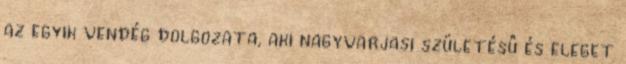
az egyik vendég dolgozata, aki nagyvarjasi születésû és eleget